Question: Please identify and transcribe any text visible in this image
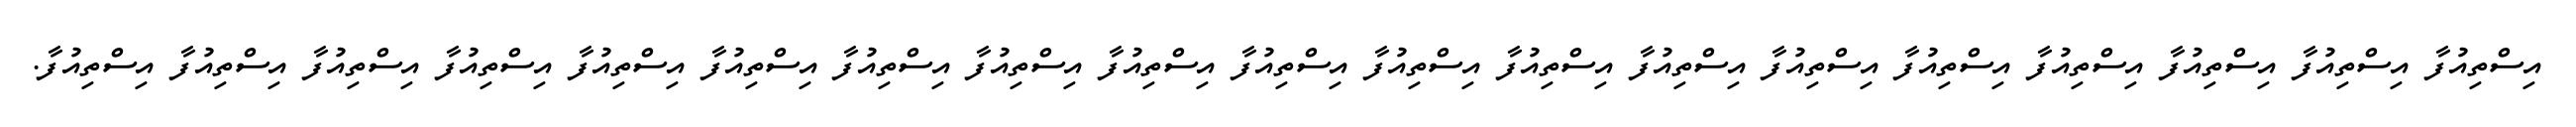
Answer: އިސްތިއުފާ އިސްތިއުފާ އިސްތިއުފާ އިސްތިއުފާ އިސްތިއުފާ އިސްތިއުފާ އިސްތިއުފާ އިސްތިއުފާ އިސްތިއުފާ އިސްތިއުފާ އިސްތިއުފާ އިސްތިއުފާ އިސްތިއުފާ އިސްތިއުފާ އިސްތިއުފާ އިސްތިއުފާ އިސްތިއުފާ އިސްތިއުފާ އިސްތިއުފާ.